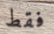
فقط